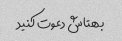
بهتاش دعوت کنید